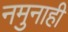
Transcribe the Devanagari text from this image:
नमुनाही